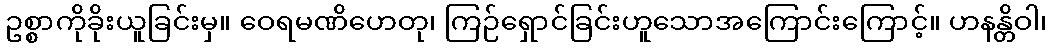
ဥစ္စာကိုခိုးယူခြင်းမှ။ ဝေရမဏိဟေတု၊ ကြဉ်ရှောင်ခြင်းဟူသောအကြောင်းကြောင့်။ ဟနန္တိဝါ၊